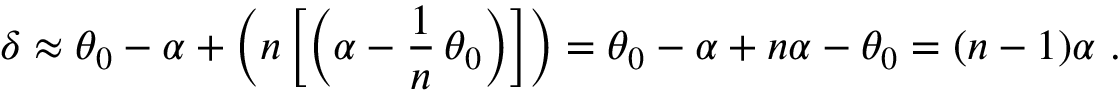
\delta \approx \theta _ { 0 } - \alpha + { \Big ( } n \, { \Big [ } { \Big ( } \alpha - { \frac { 1 } { n } } \, \theta _ { 0 } { \Big ) } { \Big ] } { \Big ) } = \theta _ { 0 } - \alpha + n \alpha - \theta _ { 0 } = ( n - 1 ) \alpha \ .